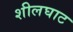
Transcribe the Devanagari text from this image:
शीलघाट